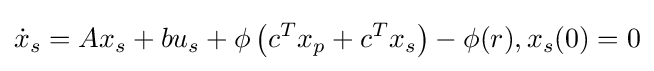
{\dot {x}}_{s}=Ax_{s}+bu_{s}+\phi \left(c^{T}x_{p}+c^{T}x_{s}\right)-\phi (r),x_{s}(0)=0